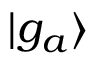
\mathinner { | { g _ { a } } \rangle }